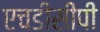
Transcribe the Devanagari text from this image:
एचडीसीपी